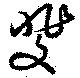
斐